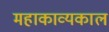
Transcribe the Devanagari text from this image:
महाकाव्‍यकाल